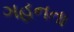
ગહનતા